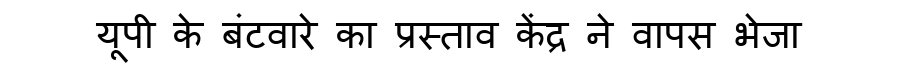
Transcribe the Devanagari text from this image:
यूपी के बंटवारे का प्रस्ताव केंद्र ने वापस भेजा